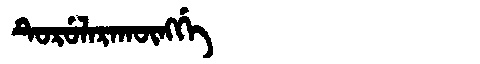
Manchu: ᡨᡠᡵᡠᠯᠠᡵᠠᡴᡡᠩᡤᡝ
Romanization: TURULARAKŪNGGE